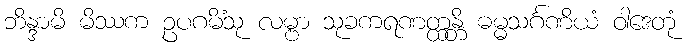
ဘိန္ဒာမိ မိဿက ဥပဂမိံသု လမ္ဗာ သုခကရဏတ္ထန္တိ ဓမ္မသင်္ဂဏိယံ ဝါဒေတုံ